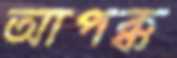
আপক্ক